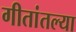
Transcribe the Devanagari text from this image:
गीतांतल्या